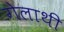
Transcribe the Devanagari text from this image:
गेलाथी